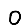
Digit: 0